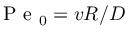
\mathrm { ~ P ~ e ~ } _ { 0 } = v R / D